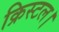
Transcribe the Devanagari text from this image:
क्रिस्टल।